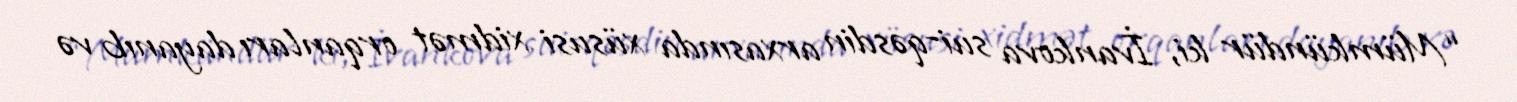
“Mümkündür ki, İvankova sui-qəsdin arxasında xüsusi xidmət orqanları dayanıb və